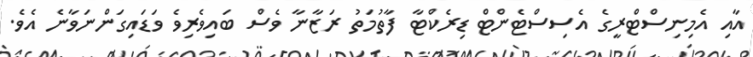
އާއި އެމިނިސްޓްރީގެ އެސިސްޓެންޓް ޑިރެކްޓާ ފާތުމަތު ރަޒާނާ ވެސް ބައިވެރިވެ ވަޑައިގަންނަވާނެ އެވެ.